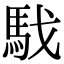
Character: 𩢅